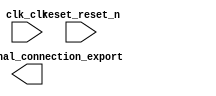

module first_nios2_system (
	clk_clk,
	reset_reset_n,
	pio_0_external_connection_export);	

	input		clk_clk;
	input		reset_reset_n;
	output	[7:0]	pio_0_external_connection_export;
endmodule